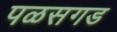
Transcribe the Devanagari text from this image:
पळसगड